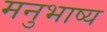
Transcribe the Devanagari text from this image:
मनुभाष्य